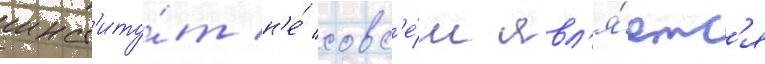
инст'иту́т н'е́ совс'е́м явл'я́етс'я